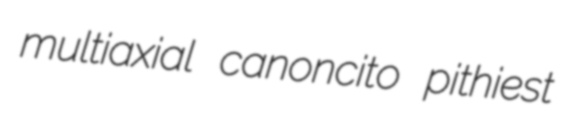
multiaxial canoncito pithiest